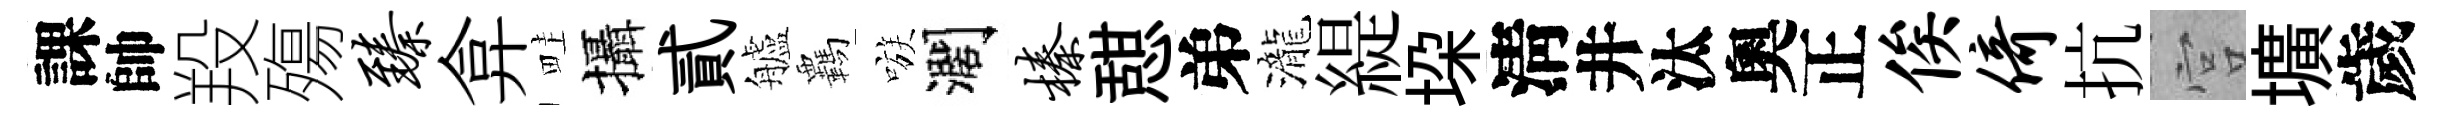
課帥羖殤臻弇畦攝貳艫覊嗾濶榛憇弟瀧緹垜淸井汰奧正俟倚抗宫壙歲